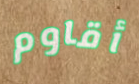
أقاوم